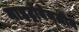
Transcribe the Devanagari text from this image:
नाइट्रोबेन्ज़ीन